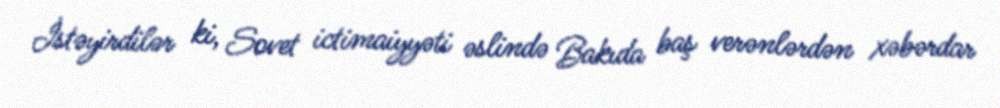
İstəyirdilər ki, Sovet ictimaiyyəti əslində Bakıda baş verənlərdən xəbərdar